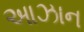
આઝાન